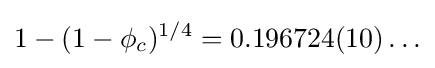
1-(1-\phi _{c})^{1/4}=0.196724(10)\ldots